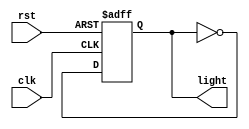
module LightSwitch (
    input wire clk,  // Clock signal
    input wire rst,  // Reset signal
    output wire light  // Light output signal (0 for off, 1 for on)
);

reg light_state;

always @(posedge clk or posedge rst) begin
    if (rst) begin
        light_state <= 0;  // Initialize the light state to off (0) on reset
    end else begin
        // Toggle the light state on each rising edge of the clock
        light_state <= ~light_state;
    end
end

assign light = light_state;

endmodule